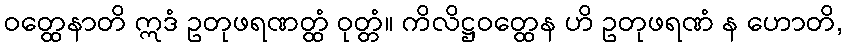
ဝတ္ထေနာတိ ဣဒံ ဥတုဖရဏတ္ထံ ဝုတ္တံ။ ကိလိဋ္ဌဝတ္ထေန ဟိ ဥတုဖရဏံ န ဟောတိ,